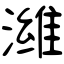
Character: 潍